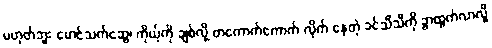
မဟုတ်ဘူး မောင်သက်ဆွေ၊ ကိုယ့်ကို ချစ်လို့ တကောက်ကောက် လိုက် နေတဲ့ ခင်သီသီကို ခွာထွက်လာလို့